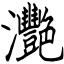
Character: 灧